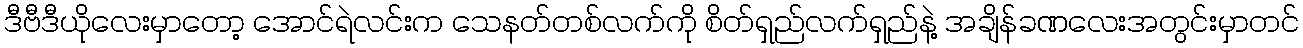
ဒီဗီဒီယိုလေးမှာတော့ အောင်ရဲလင်းက သေနတ်တစ်လက်ကို စိတ်ရှည်လက်ရှည်နဲ့ အချိန်ခဏလေးအတွင်းမှာတင်